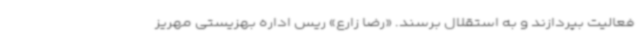
فعالیت بپردازند و به استقلال برسند. «رضا زارع» ریس اداره بهزیستی مهریز